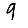
Digit: 9